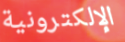
الإلكترونية